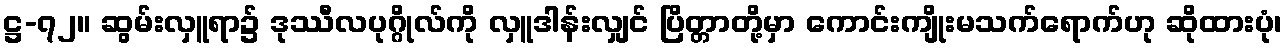
ဋ္ဌ-၇၂။ ဆွမ်းလှူရာ၌ ဒုဿီလပုဂ္ဂိုလ်ကို လှူဒါန်းလျှင် ပြိတ္တာတို့မှာ ကောင်းကျိုးမသက်ရောက်ဟု ဆိုထားပုံ၊